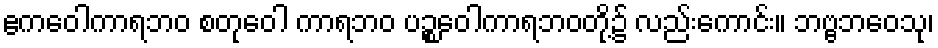
ဧကဝေါကာရဘဝ စတုဝေါ ကာရဘဝ ပဉ္စဝေါကာရဘဝတို့၌ လည်းကောင်း။ ဘဗ္ဗဘဝေသု၊